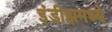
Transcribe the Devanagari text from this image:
इंडीझमध्ये